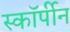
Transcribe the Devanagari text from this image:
स्कॉर्पीन